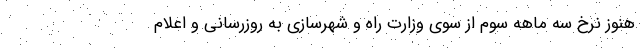
هنوز نرخ سه ماهه سوم از سوی وزارت راه و شهرسازی به روزرسانی و اعلام